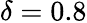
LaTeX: \delta=0.8